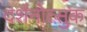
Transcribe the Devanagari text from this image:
दर्शनोत्सुक